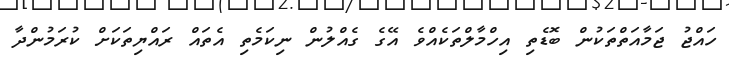
ހައްޖު ޖަމާއަތްތަކުން ބޮޑެތި އިހްމާލްތަކެއްވެ އޭގެ ގެއްލުން ނިކަމެތި އެތައް ރައްޔިތަކަށް ކުރަމުންދާ